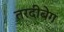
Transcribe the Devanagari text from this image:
तरदीबेग